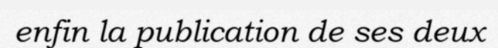
enfin la publication de ses deux